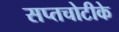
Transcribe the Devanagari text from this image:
सप्तचोटीके